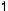
1